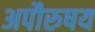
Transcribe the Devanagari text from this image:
अपौरुषय